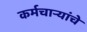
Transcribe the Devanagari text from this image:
कर्मचार्‍यांचे